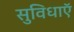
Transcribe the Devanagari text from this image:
सुविधाऍ